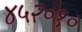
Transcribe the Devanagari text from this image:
४५२०१०